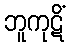
ဘူကုဋိံ